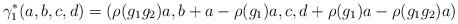
LaTeX: \begin{align*}\gamma_1^*(a,b,c,d)=(\rho(g_1g_2)a, b+a-\rho(g_1)a,c,d+\rho(g_1)a-\rho(g_1g_2)a)\end{align*}